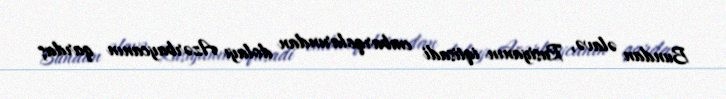
Bundan əlavə, Rusiyanın iqtisadi embarqolarından dolayı Azərbaycanın qardaş